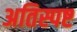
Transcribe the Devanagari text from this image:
अतिस्पष्ट